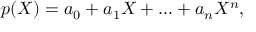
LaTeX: p ( X ) = a _ { 0 } + a _ { 1 } X + . . . + a _ { n } X ^ { n } ,